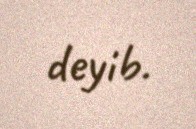
deyib.